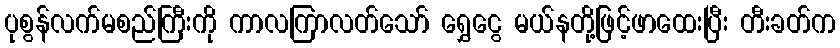
ပုစွန်လက်မစည်ကြီးကို ကာလကြာလတ်သော် ရွှေငွေ မယ်နတို့ဖြင့်ဖာထေးပြီး တီးခတ်က